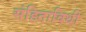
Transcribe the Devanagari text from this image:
संहिताविधी